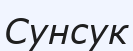
Сунсук